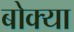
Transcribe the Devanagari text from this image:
बोक्या